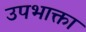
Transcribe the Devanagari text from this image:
उपभाक्ता